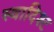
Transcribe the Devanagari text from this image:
स्वादिश्ट